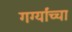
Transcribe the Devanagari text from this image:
गर्ग्यांच्चा